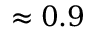
\approx 0 . 9